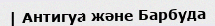
| Антигуа және Барбуда